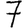
Digit: 7